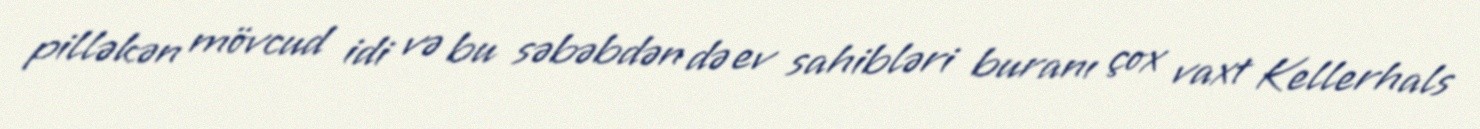
pilləkən mövcud idi və bu səbəbdən də ev sahibləri buranı çox vaxt Kellerhals